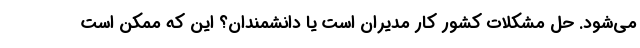
می‌شود. حل مشکلات کشور کار مدیران است یا دانشمندان؟ این که ممکن است